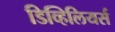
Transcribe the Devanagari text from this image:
डिव्हिलियर्स